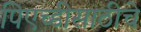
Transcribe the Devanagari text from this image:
पिएच्डीसाठीचे